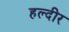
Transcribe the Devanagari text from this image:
हल्दीर